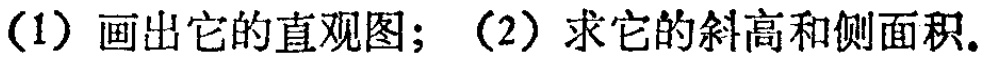
(1) 画出它的直观图；(2) 求它的斜高和侧面积.